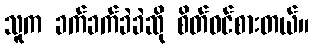
သူက ခက်ခက်ခဲခဲဆို စိတ်ဝင်စားတယ်။